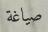
صیاغة